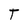
Character: T